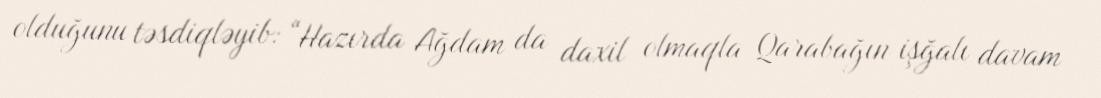
olduğunu təsdiqləyib: “Hazırda Ağdam da daxil olmaqla Qarabağın işğalı davam